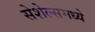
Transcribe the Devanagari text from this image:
सेशेल्समध्ये